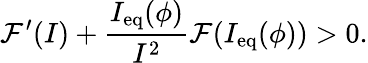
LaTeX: \mathcal{F}^{\prime}(I)+\frac{{I_{\mathrm{{eq}}}(\phi)}}{{I^{2}}}\mathcal{F}(I_{\mathrm{{eq}}}(\phi))>0.